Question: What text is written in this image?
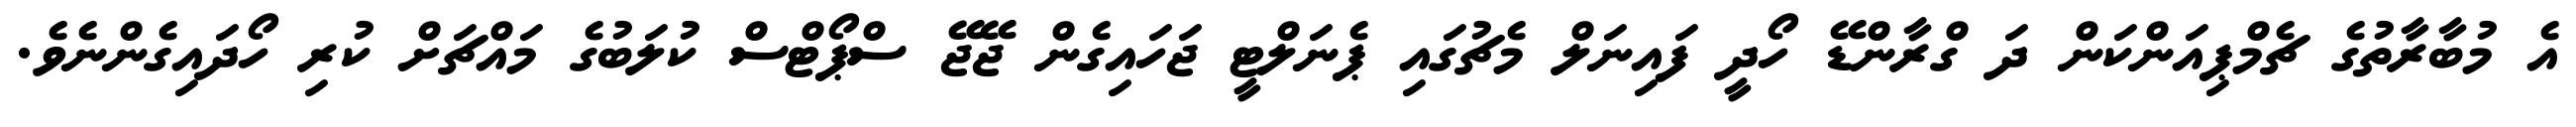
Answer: އެ މުބާރާތުގެ ޗެމްޕިއަންކަން ދަ ގްރާންޑޭ ހޯދީ ފައިނަލް މެޗުގައި ޕެނަލްޓީ ޖަހައިގެން ޖޭޖޭ ސްޕޯޓްސް ކުލަބުގެ މައްޗަށް ކުރި ހޯދައިގެންނެވެ.